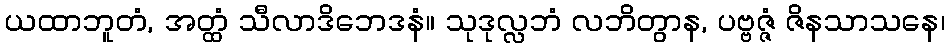
ယထာဘူတံ, အတ္ထံ သီလာဒိဘေဒနံ။ သုဒုလ္လဘံ လဘိတွာန, ပဗ္ဗဇ္ဇံ ဇိနသာသနေ၊